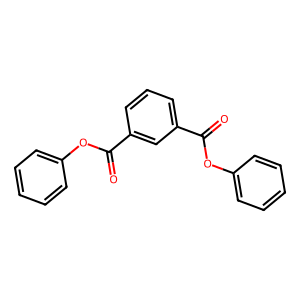
SMILES: O=C(Oc1ccccc1)c1cccc(C(=O)Oc2ccccc2)c1
Inhibits HIV replication: No